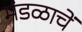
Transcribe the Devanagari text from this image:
मंडळाचें